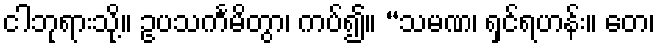
ငါဘုရားသို့။ ဥပသင်္ကမိတွာ၊ ကပ်၍။ “သမဏ၊ ရှင်ရဟန်း။ တေ၊